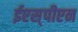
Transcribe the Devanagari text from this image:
ईएस्‌पीएन